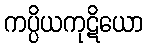
ကပ္ပိယကုဋိယော